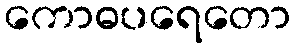
ကောဓပရေတော